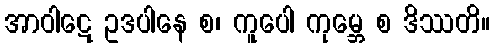
အာဝါဋေ ဥဒပါနေ စ၊ ကူပေါ ကုမ္ဘေ စ ဒိဿတိ။